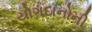
યોગદાનોની